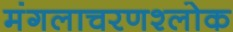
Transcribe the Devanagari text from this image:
मंगलाचरणश्लोक